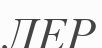
ЛЕР